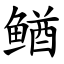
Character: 䲡